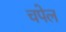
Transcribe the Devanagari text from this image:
चपेल